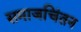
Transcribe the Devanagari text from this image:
समाजचिंतन